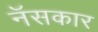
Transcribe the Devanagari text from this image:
नॅसकार